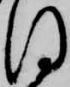
同